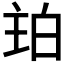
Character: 𤽞